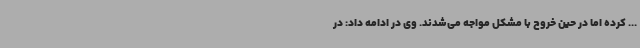
... کرده اما در حین خروج با مشکل مواجه می‌شدند. وی در ادامه داد: در